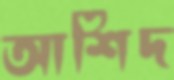
আশিদ